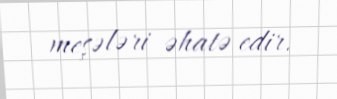
meşələri əhatə edir.